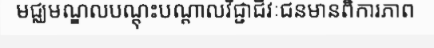
មជ្ឈមណ្ឌលបណ្តុះបណ្តាលវិជ្ជាជីវៈជនមានពិការភាព